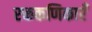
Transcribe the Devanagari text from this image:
रक्तकणिकाएँ